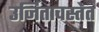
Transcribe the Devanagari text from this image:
उर्जितावस्तेत